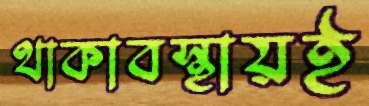
থাকাবস্থায়ই